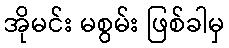
အိုမင်း မစွမ်း ဖြစ်ခါမှ